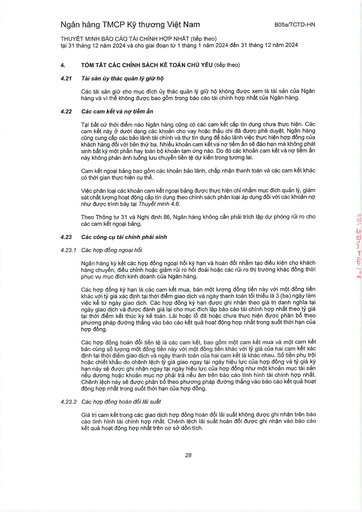
|4.|TÓM TẮT CÁC CHÍNH SÁCH KẾ TOÁN CHỦ YẾU (tiếp theo)| |---|---| |4.21|Tài sản ủy thác quản lý giữ hộ| ||Các tài sản giữ cho mục đích ủy thác quản lý giữ hộ không được xem là tài sản của Ngân hàng và vì thế không được bao gồm trong báo cáo tài chính hợp nhất của Ngân hàng.| |4.22|Các cam kết và nợ tiềm ẩn| ||Tại bất kỳ thời điểm nào Ngân hàng cũng có các cam kết cấp tín dụng chưa thực hiện. Các cam kết này ở dưới dạng các khoản cho vay hoặc thấu chi đã được phê duyệt. Ngân hàng cũng cung cấp các bảo lãnh tài chính và thư tín dụng để bảo lãnh việc thực hiện hợp đồng của khách hàng đối với bên thứ ba. Nhiều khoản cam kết và nợ tiềm ẩn sẽ đáo hạn mà không phát sinh bất kỳ một phần hay toàn bộ khoản tạm ứng nào. Do đó các khoản cam kết và nợ tiềm ẩn này không phản ánh luồng lưu chuyển tiền tệ dự kiến trong tương lai.| ||Cam kết ngoại bảng bao gồm các khoản bảo lãnh, chấp nhận thanh toán và các cam kết khác có thời gian thực hiện cụ thể.| ||Việc phân loại các khoản cam kết ngoại bảng được thực hiện chỉ nhằm mục đích quản lý, giám sát chất lượng hoạt động cấp tín dụng theo chính sách phân loại áp dụng đối với các khoản nợ như được trình bày tại Thuyết minh 4.6.| ||Theo Thông tư 31 và Nghị định 86, Ngân hàng không cần phải trích lập dự phòng rủi ro cho các cam kết ngoại bảng.| |4.23|Các công cụ tài chính phái sinh| |4.23.1|Các hợp đồng ngoại hối| ||Ngân hàng ký kết các hợp đồng ngoại hối kỳ hạn và hoán đổi nhằm tạo điều kiện cho khách hàng chuyển, điều chỉnh hoặc giảm rủi ro hối đoái hoặc các rủi ro thị trường khác đồng thời phục vụ mục đích kinh doanh của Ngân hàng.| ||Các hợp đồng kỳ hạn là các cam kết mua, bán một lượng đồng tiền này với một đồng tiền khác với tỷ giá xác định tại thời điểm giao dịch và ngày thanh toán tối thiểu là 3 (ba) ngày làm việc kể từ ngày giao dịch. Các hợp đồng kỳ hạn được ghi nhận theo giá trị danh nghĩa tại ngày giao dịch và được đánh giá lại cho mục đích lập báo cáo tài chính hợp nhất theo tỷ giá tại thời điểm kết thúc kỳ kế toán. Lãi hoặc lỗ đã hoặc chưa thực hiện được phân bổ theo phương pháp đường thẳng vào báo cáo kết quả hoạt động hợp nhất trong suốt thời hạn của hợp đồng.| ||Các hợp đồng hoán đổi tiền tệ là các cam kết, bao gồm một cam kết mua và một cam kết bán cùng số lượng một đồng tiền này với một đồng tiền khác với tỷ giá của hai cam kết xác định tại thời điểm giao dịch và ngày thanh toán của hai cam kết là khác nhau. Số tiền phụ trội hoặc chiết khấu do chênh lệch tỷ giá giao ngay tại ngày hiệu lực của hợp đồng và tỷ giá kỳ hạn này sẽ được ghi nhận ngay tại ngày hiệu lực của hợp đồng như một khoản mục tài sản nếu dương hoặc khoản mục nợ phải trả nếu âm trên báo cáo tình hình tài chính hợp nhất. Chênh lệch này sẽ được phân bổ theo phương pháp đường thẳng vào báo cáo kết quả hoạt động hợp nhất trong suốt thời hạn của hợp đồng.| |4.23.2|Các hợp đồng hoán đổi lãi suất| ||Giá trị cam kết trong các giao dịch hợp đồng hoán đổi lãi suất không được ghi nhận trên báo cáo tình hình tài chính hợp nhất. Chênh lệch lãi suất hoán đổi được ghi nhận vào báo cáo kết quả hoạt động hợp nhất trên cơ sở đơn tích.|